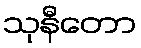
သုနီတော